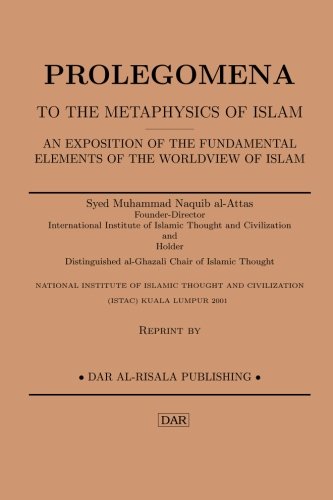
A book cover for Prolegomena to the Metaphysics of Islam; Syed Muhammad Naquid al-Attas; Religion & Spirituality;